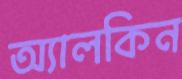
অ্যালকিন